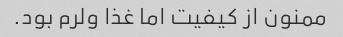
ممنون از کیفیت اما غذا ولرم بود.